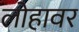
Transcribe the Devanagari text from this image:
लोहावर